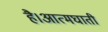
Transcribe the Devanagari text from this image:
है।आत्मघाती